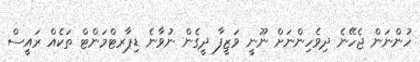
ހުންނަން ޖެހޭނެ ދިވެހިންނަށް ނޫނީ ވަޒީފާ ދީގެން ނުވާނެ ޑިޕާރޓްމަންޓް ތަކެއް ރައީސް